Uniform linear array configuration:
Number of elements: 16
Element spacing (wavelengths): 1
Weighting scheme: kaiser
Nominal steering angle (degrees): -30
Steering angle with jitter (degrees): -29.305
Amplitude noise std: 0.05
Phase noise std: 0.05

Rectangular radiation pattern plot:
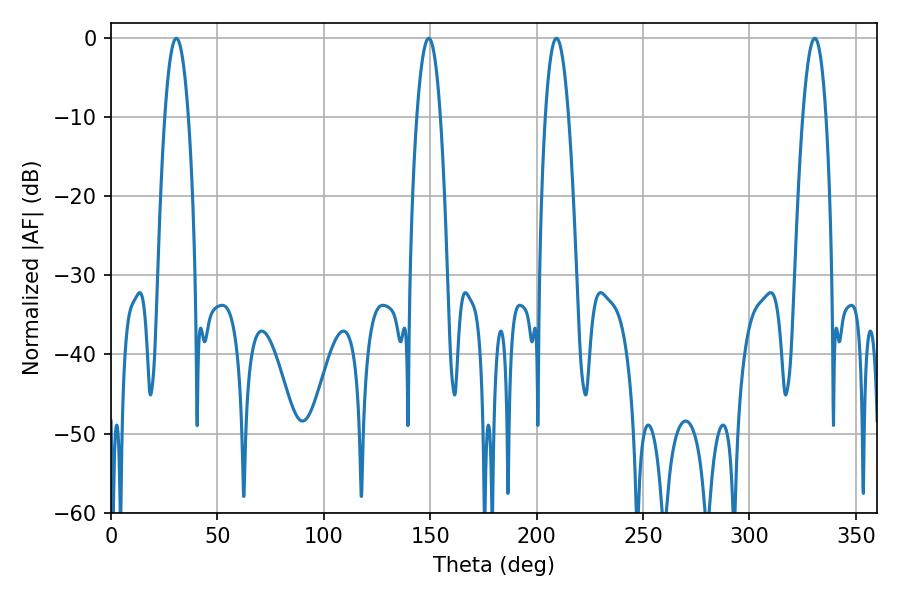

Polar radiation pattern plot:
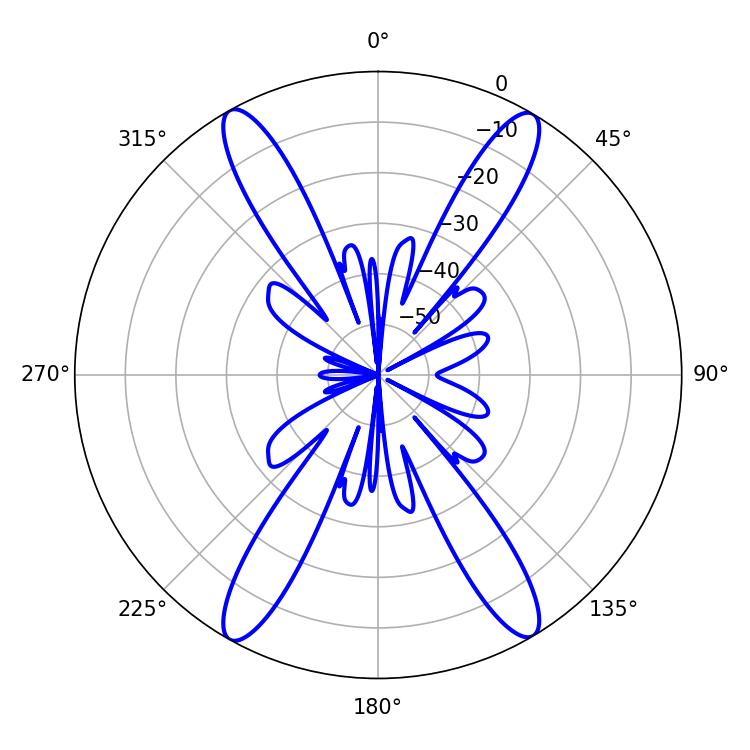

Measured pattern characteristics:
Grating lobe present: TRUE
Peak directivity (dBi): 25.217
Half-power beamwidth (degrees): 6.12
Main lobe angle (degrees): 330.66